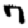
Digit: 7